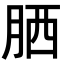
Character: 𦚵